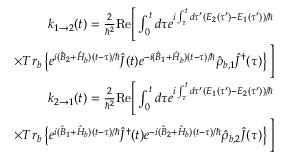
\begin{array} { r l r } & { } & { k _ { 1 \rightarrow 2 } ( t ) = \frac { 2 } { \hbar ^ { 2 } } \mathrm { R e } \Bigg [ \int _ { 0 } ^ { t } d \tau e ^ { i \int _ { \tau } ^ { t } d \tau ^ { \prime } ( E _ { 2 } ( \tau ^ { \prime } ) - E _ { 1 } ( \tau ^ { \prime } ) ) / \hbar } } \\ & { } & { \times T r _ { b } \left\{ e ^ { i ( \hat { B } _ { 2 } + \hat { H } _ { b } ) ( t - \tau ) / \hbar } \hat { J } ( t ) e ^ { - i ( \hat { B } _ { 1 } + \hat { H } _ { b } ) ( t - \tau ) / \hbar } \hat { \rho } _ { b , 1 } \hat { J } ^ { \dagger } ( \tau ) \right\} \Bigg ] } \\ & { } & { k _ { 2 \rightarrow 1 } ( t ) = \frac { 2 } { \hbar ^ { 2 } } \mathrm { R e } \Bigg [ \int _ { 0 } ^ { t } d \tau e ^ { i \int _ { \tau } ^ { t } d \tau ^ { \prime } ( E _ { 1 } ( \tau ^ { \prime } ) - E _ { 2 } ( \tau ^ { \prime } ) ) / \hbar } } \\ & { } & { \times T r _ { b } \left\{ e ^ { i ( \hat { B } _ { 1 } + \hat { H } _ { b } ) ( t - \tau ) / \hbar } \hat { J } ^ { \dagger } ( t ) e ^ { - i ( \hat { B } _ { 2 } + \hat { H } _ { b } ) ( t - \tau ) / \hbar } \hat { \rho } _ { b , 2 } \hat { J } ( \tau ) \right\} \Bigg ] } \end{array}